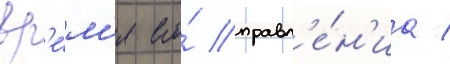
вр'е́м'я его́ правл'е́н'иа /